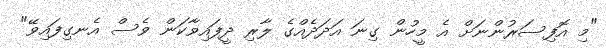
"މި އޮފިސަރުންނަށް އެ މީހުން ގިނަ އަދަދެއްގެ ލާރި ދީފައިވާކަން ވެސް އެނގިފައިވޭ"